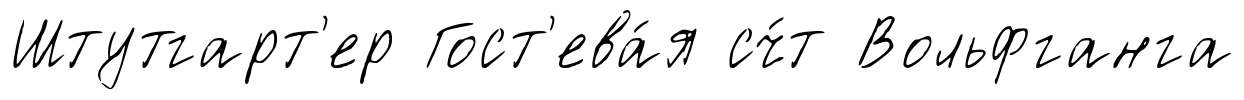
Штутгарт'ер Гост'ева́я сч́т Вольфганга